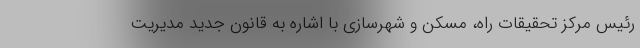
رئیس مرکز تحقیقات راه، مسکن و شهرسازی با اشاره به قانون جدید مدیریت